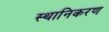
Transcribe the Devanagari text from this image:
स्थानिकरण